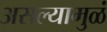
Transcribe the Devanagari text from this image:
असल्यामुळं